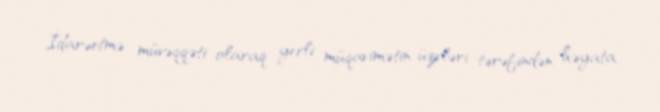
İdarəetmə müvəqqəti olaraq yerli müqavimətin üzvləri tərəfindən həyata